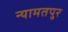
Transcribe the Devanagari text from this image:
न्यामतपुर